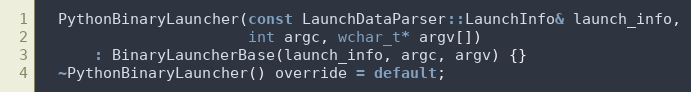
Language: C
  PythonBinaryLauncher(const LaunchDataParser::LaunchInfo& launch_info,
                       int argc, wchar_t* argv[])
      : BinaryLauncherBase(launch_info, argc, argv) {}
  ~PythonBinaryLauncher() override = default;